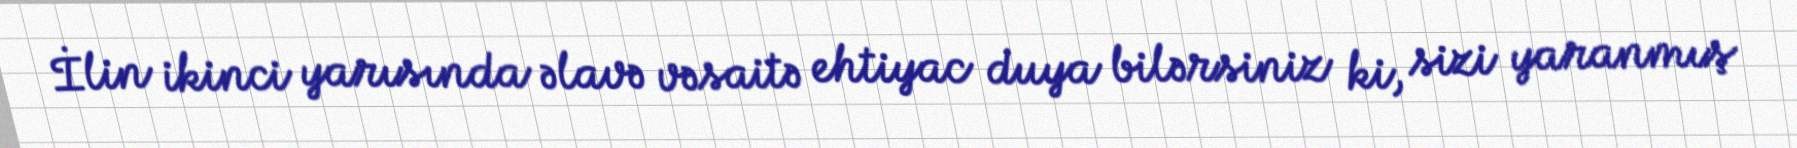
İlin ikinci yarısında əlavə vəsaitə ehtiyac duya bilərsiniz ki, sizi yaranmış